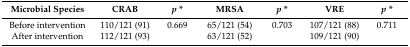
| Microbial Species | CRAB | p * | MRSA | p * | VRE | p * |
 | --- | --- | --- | --- | --- | --- | --- |
 | Before intervention | 110/121 (91) | 0.669 | 65/121 (54) | 0.703 | 107/121 (88) | 0.711 |
 | After intervention | 112/121 (93) |  | 63/121 (52) |  | 109/121 (90) |  |